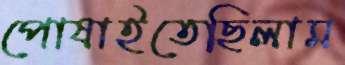
পোষাইতেছিলাম